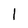
Character: 1